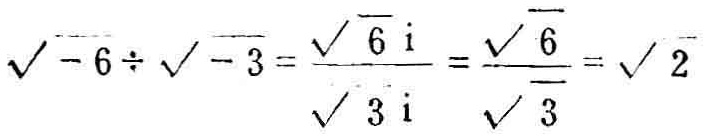
\(\sqrt{-6}\div\sqrt{-3}=\frac{\sqrt{6}\mathrm{i}}{\sqrt{3}\mathrm{i}}=\frac{\sqrt{6}}{\sqrt{3}}=\sqrt{2}\)